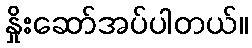
နှိုးဆော်အပ်ပါတယ်။